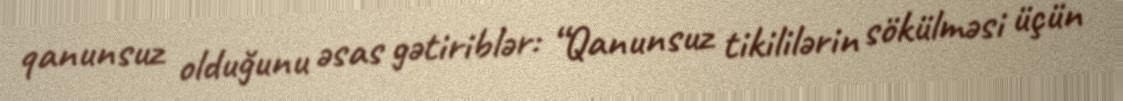
qanunsuz olduğunu əsas gətiriblər: “Qanunsuz tikililərin sökülməsi üçün